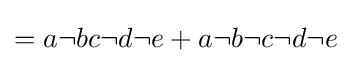
{\textstyle =a\neg bc\neg d\neg e+a\neg b\neg c\neg d\neg e}